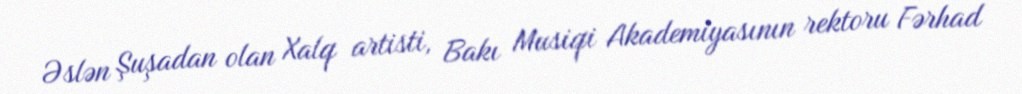
Əslən Şuşadan olan Xalq artisti, Bakı Musiqi Akademiyasının rektoru Fərhad